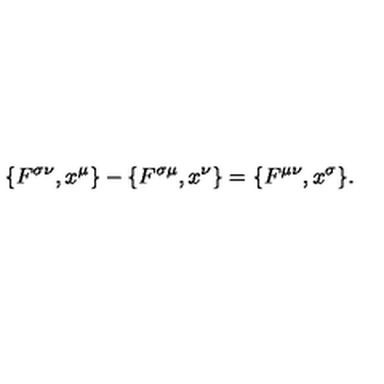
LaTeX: \{ F ^ { \sigma \nu } , x ^ { \mu } \} - \{ F ^ { \sigma \mu } , x ^ { \nu } \} = \{ F ^ { \mu \nu } , x ^ { \sigma } \} .